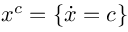
x ^ { c } = \{ \dot { x } = c \}